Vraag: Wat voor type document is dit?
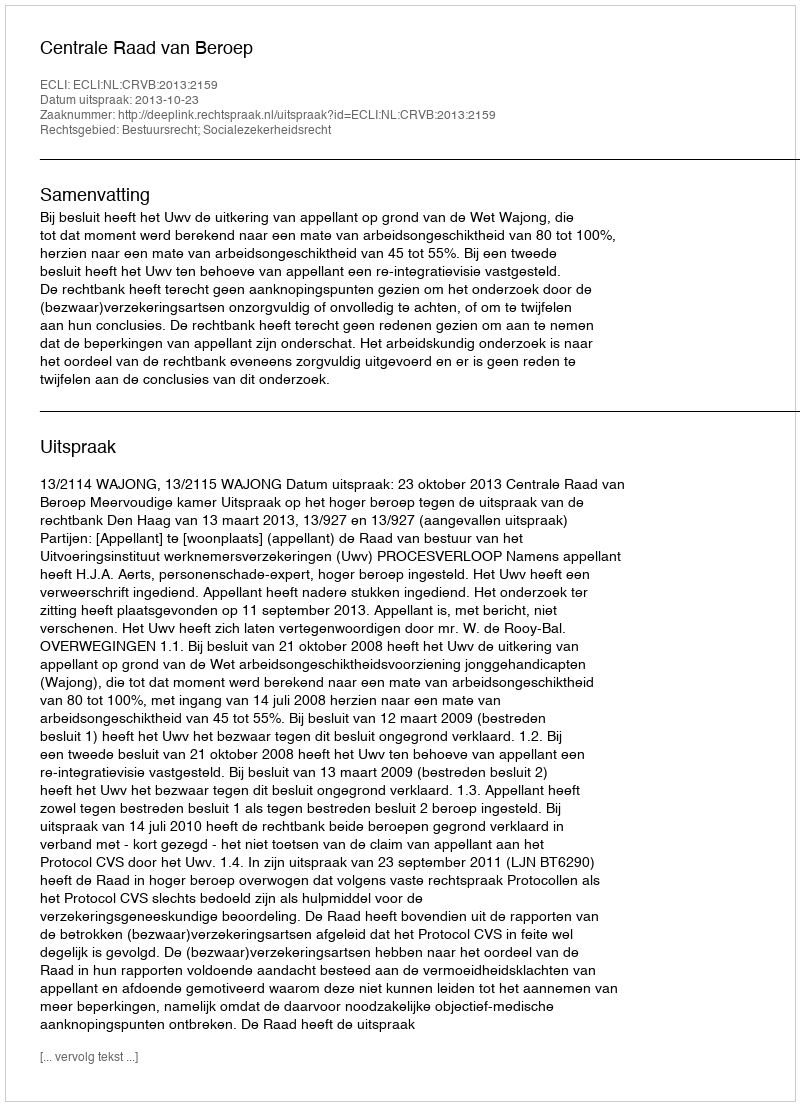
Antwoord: Uitspraak